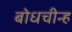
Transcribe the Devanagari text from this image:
बोधचीन्ह